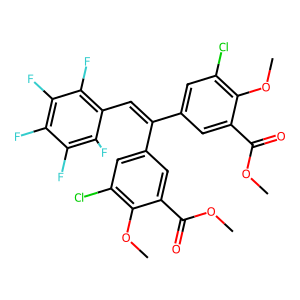
SMILES: COC(=O)c1cc(C(=Cc2c(F)c(F)c(F)c(F)c2F)c2cc(Cl)c(OC)c(C(=O)OC)c2)cc(Cl)c1OC
Inhibits HIV replication: No